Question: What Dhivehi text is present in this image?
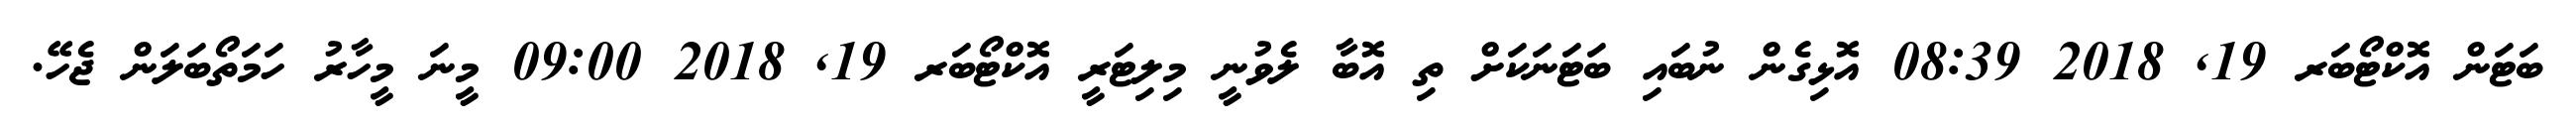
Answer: ބަޓަން އޮކްޓޯބަރ 19, 2018 08:39 އޮޅިގެން ނުބައި ބަޓަނަކަށް ތި އޮބާ ލެވުނީ މިލިޓަރީ އޮކްޓޯބަރ 19, 2018 09:00 މީނަ މީހާރު ހަމަތޯބަލަން ޖެހޭ.